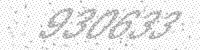
Solution: 930633